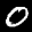
Label: 0